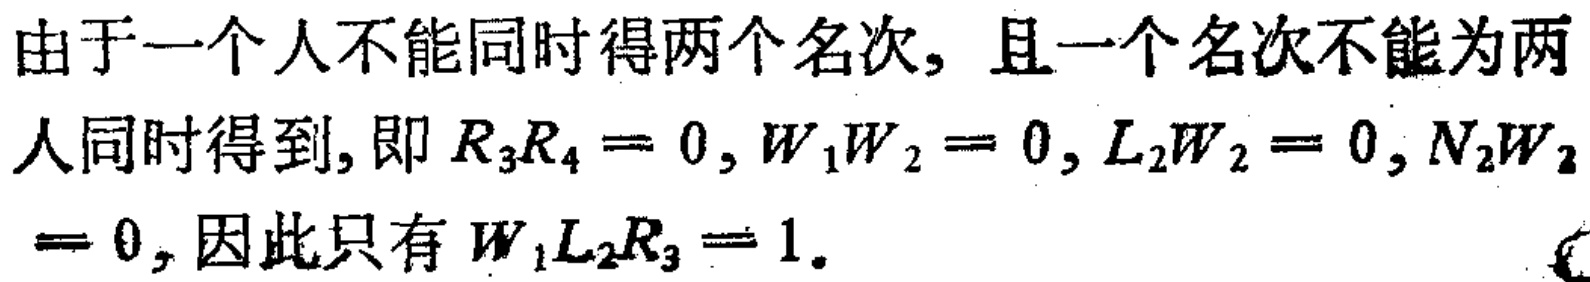
由于一个人不能同时得两个名次, 且一个名次不能为两

人同时得到, 即 \(R_{3}R_{4}=0, W_{1}W_{2}=0, L_{2}W_{2}=0, N_{2}W_{2}\)

\(=0\), 因此只有 \(W_{1}L_{2}R_{3}=1\).